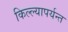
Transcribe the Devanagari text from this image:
किल्ल्यापर्यन्त